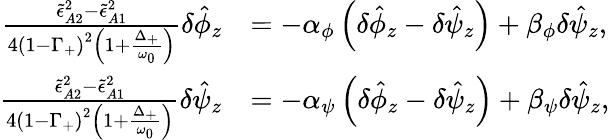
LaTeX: \begin{array}{rl}{\frac{\tilde{\epsilon}_{A2}^{2}-\tilde{\epsilon}_{A1}^{2}}{4\left(1-\Gamma_{+}\right)^{2}\left(1+\frac{\Delta_{+}}{\omega_{0}}\right)}\delta\hat{\phi}_{z}}&{=-\alpha_{\phi}\left(\delta\hat{\phi}_{z}-\delta\hat{\psi}_{z}\right)+\beta_{\phi}\delta\hat{\psi}_{z},}\\ {\frac{\tilde{\epsilon}_{A2}^{2}-\tilde{\epsilon}_{A1}^{2}}{4\left(1-\Gamma_{+}\right)^{2}\left(1+\frac{\Delta_{+}}{\omega_{0}}\right)}\delta\hat{\psi}_{z}}&{=-\alpha_{\psi}\left(\delta\hat{\phi}_{z}-\delta\hat{\psi}_{z}\right)+\beta_{\psi}\delta\hat{\psi}_{z},}\end{array}